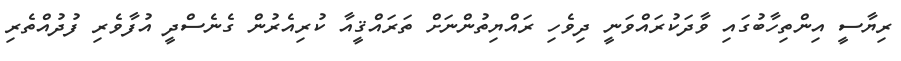
ރިޔާސީ އިންތިހާބުގައި ވާދަކުރައްވަނީ ދިވެހި ރައްޔިތުންނަށް ތަރައްޤީއާ ކުރިއެރުން ގެނެސްދީ އުފާވެރި ފުދުއްތެރި